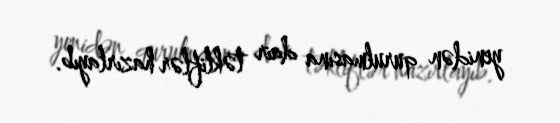
yenidən qurulmasına dair təkliflər hazırlayıb.